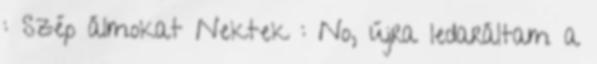
: Szép álmokat Nektek : No, újra ledaráltam a